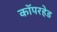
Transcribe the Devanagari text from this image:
कॉपरहेड